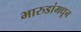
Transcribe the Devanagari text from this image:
भारुडांमधून